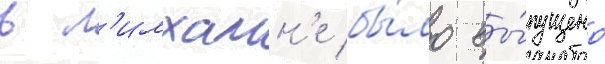
в л'имхамн'е бы́ло вы́пущено